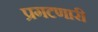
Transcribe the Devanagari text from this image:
प्रगटणारी